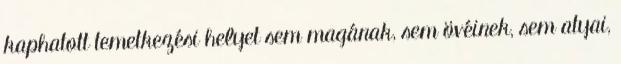
kaphatott temetkezési helyet sem magának, sem övéinek, sem atyai,